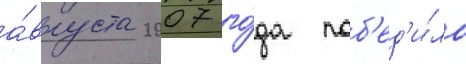
а́вгуста 2007 го́да поб'ед'и́ло